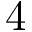
4